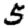
Digit: 5